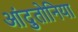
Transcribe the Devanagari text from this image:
आंदुतोनिया